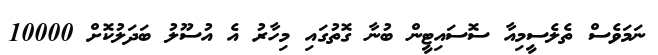
ނަމަވެސް ތެލެސީމިއާ ސޮސައިޓީން ބުނާ ގޮތުގައި މިހާރު އެ އުސޫލު ބަދަލުކޮށް 10000